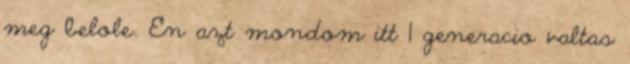
meg belole. En azt mondom itt 1 generacio valtas